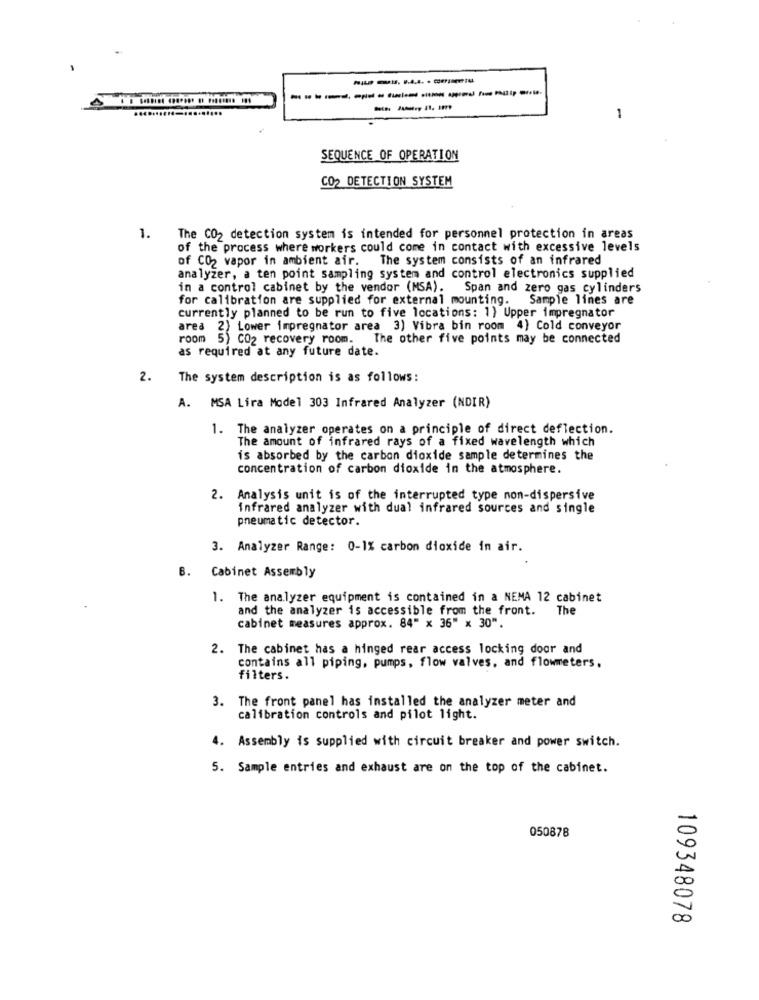
1
SEQUENCE OF OPERATION
CO2 DETECTION SYSTEM
1.
The CO2 detection system is intended for personnel protection in areas
of the process where workers could come in contact with excessive levels
of CO2 vapor in ambient air. The system consists of an infrared
analyzer, a ten point sampling system and control electronics supplied
in a control cabinet by the vendor (MSA). Span and zero gas cylinders
for calibration are supplied for external mounting. Sample lines are
currently planned to be run to five locations: 1) Upper impregnator
area 2) Lower impregnator area 3) Vibra bin room 4) Cold conveyor
room 5) CO2 recovery room. The other five points may be connected
as required at any future date.
2. The system description is as follows:
A. MSA Lira Model 303 Infrared Analyzer (NDIR)
1. The analyzer operates on a principle of direct deflection.
The amount of infrared rays of a fixed wavelength which
is absorbed by the carbon dioxide sample determines the
concentration of carbon dioxide in the atmosphere.
Analysis unit is of the interrupted type non-dispersive
Infrared analyzer with dual infrared sources and single
pneumatic detector.
3. Analyzer Range: 0-1% carbon dioxide in air.
B. Cabinet Assembly
1. The analyzer equipment is contained in a NEMA 12 cabinet
and the analyzer is accessible from the front. The
cabinet measures approx. 84" x 36" x 30".
2. The cabinet has a hinged rear access locking door and
contains all piping, pumps, flow valves, and flowmeters,
filters.
3. The front panel has installed the analyzer meter and
calibration controls and pilot light.
4. Assembly is supplied with circuit breaker and power switch.
5. Sample entries and exhaust are on the top of the cabinet.
050878
109348078